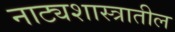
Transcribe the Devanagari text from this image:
नाट्यशास्त्रातील